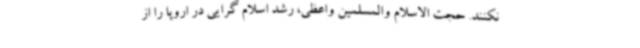
نکنند. حجت الاسلام والمسلمین واعظی، رشد اسلام گرایی در اروپا را از